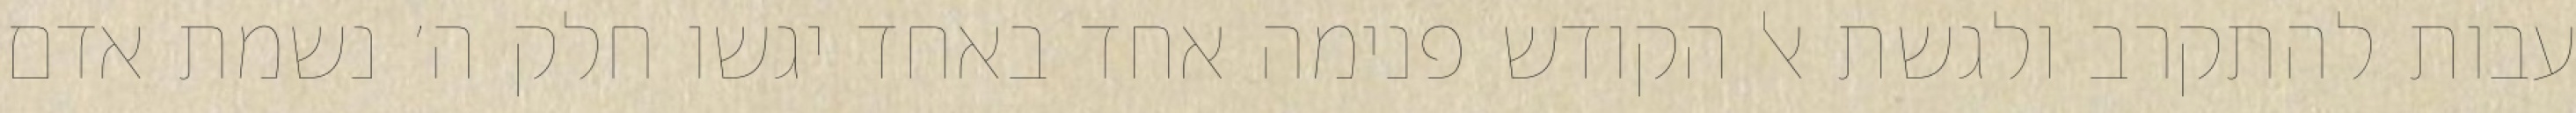
עבות להתקרב ולגשת אל הקודש פנימה אחד באחד יגשו חלק ה׳ נשמת אדם